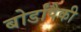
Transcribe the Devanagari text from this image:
बोर्डांपैकी